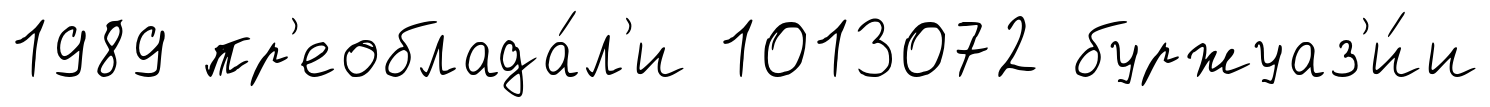
1989 пр'еоблада́л'и 1013072 буржуаз'и́и